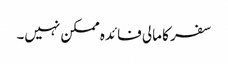
سفر کا مالی فائدہ ممکن نہیں۔